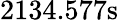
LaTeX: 2134.577\mathrm{s}